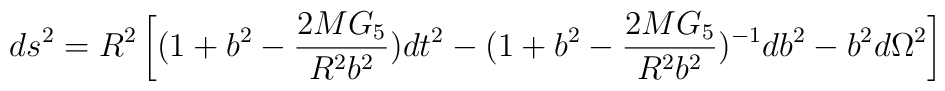
ds^2=R^2\left[(1+b^2-{2MG_5 \over R^2 b^2})dt^2 - (1+b^2-{2MG_5\over R^2 b^2})^{-1}db^2 - b^2 d\Omega^2\right]